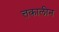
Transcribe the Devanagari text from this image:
त्तकालीन